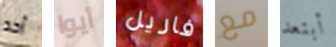
أحد أيوا فاريل مع أبتعد